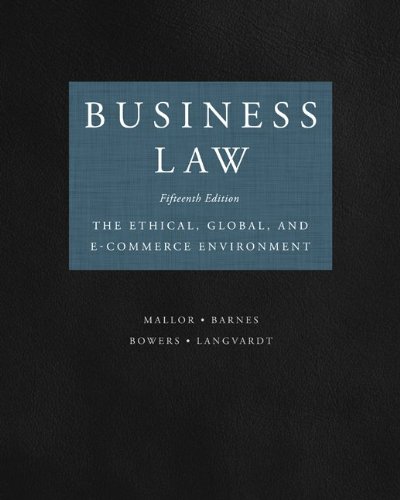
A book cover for Business Law; Jane Mallor; Law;